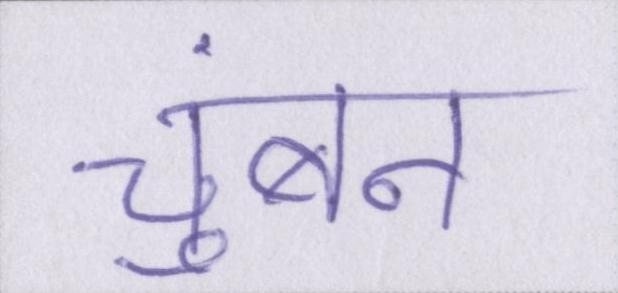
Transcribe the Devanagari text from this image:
चुंबन